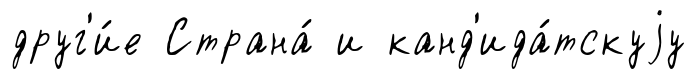
друг'и́е Страна́ и канд'ида́тскуjу